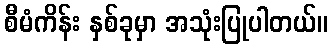
စီမံကိန်း နှစ်ခုမှာ အသုံးပြုပါတယ်။